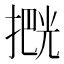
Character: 𫽶